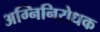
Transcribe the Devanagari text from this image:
अग्निनिरोधक